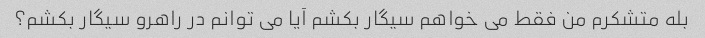
بله متشکرم من فقط می خواهم سیگار بکشم آیا می توانم در راهرو سیگار بکشم؟